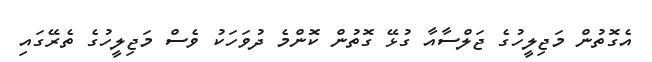
އެގޮތުން މަޖިލީހުގެ ޖަލްސާއާ ގުޅޭ ގޮތުން ކޮންމެ ދުވަހަކު ވެސް މަޖިލީހުގެ ތެރޭގައި